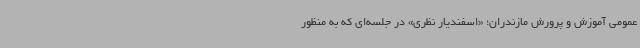
عمومی آموزش و پرورش مازندران؛ «اسفندیار نظری» در جلسه‌ای که به منظور